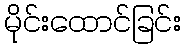
မိုင်းထောင်ခြင်း